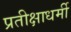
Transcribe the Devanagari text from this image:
प्रतीक्षाधर्मी